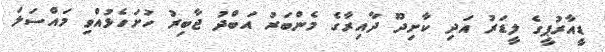
ޑީއާރުޕީގެ ލީޑަރު އަދި ކާށިދޫ ދާއިރާގެ މެންބަރު އަބްދު ޖާބިރު ހުށަހެޅުއްވި މައްސަލަ